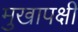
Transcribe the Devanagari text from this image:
मुखापक्षी